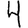
Digit: 4